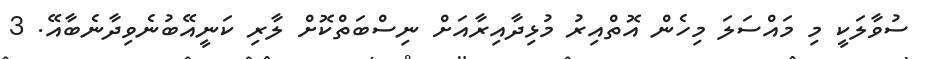
ސުވާލަކީ މި މައްސަލަ މިހެން އޮތްއިރު މުޅިދާއިރާއަށް ނިސްބަތްކޮށް ލާރި ކަނީއޭބުނެވިދާނެބާއޭ. 3